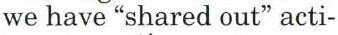
we have "shared out" acti-